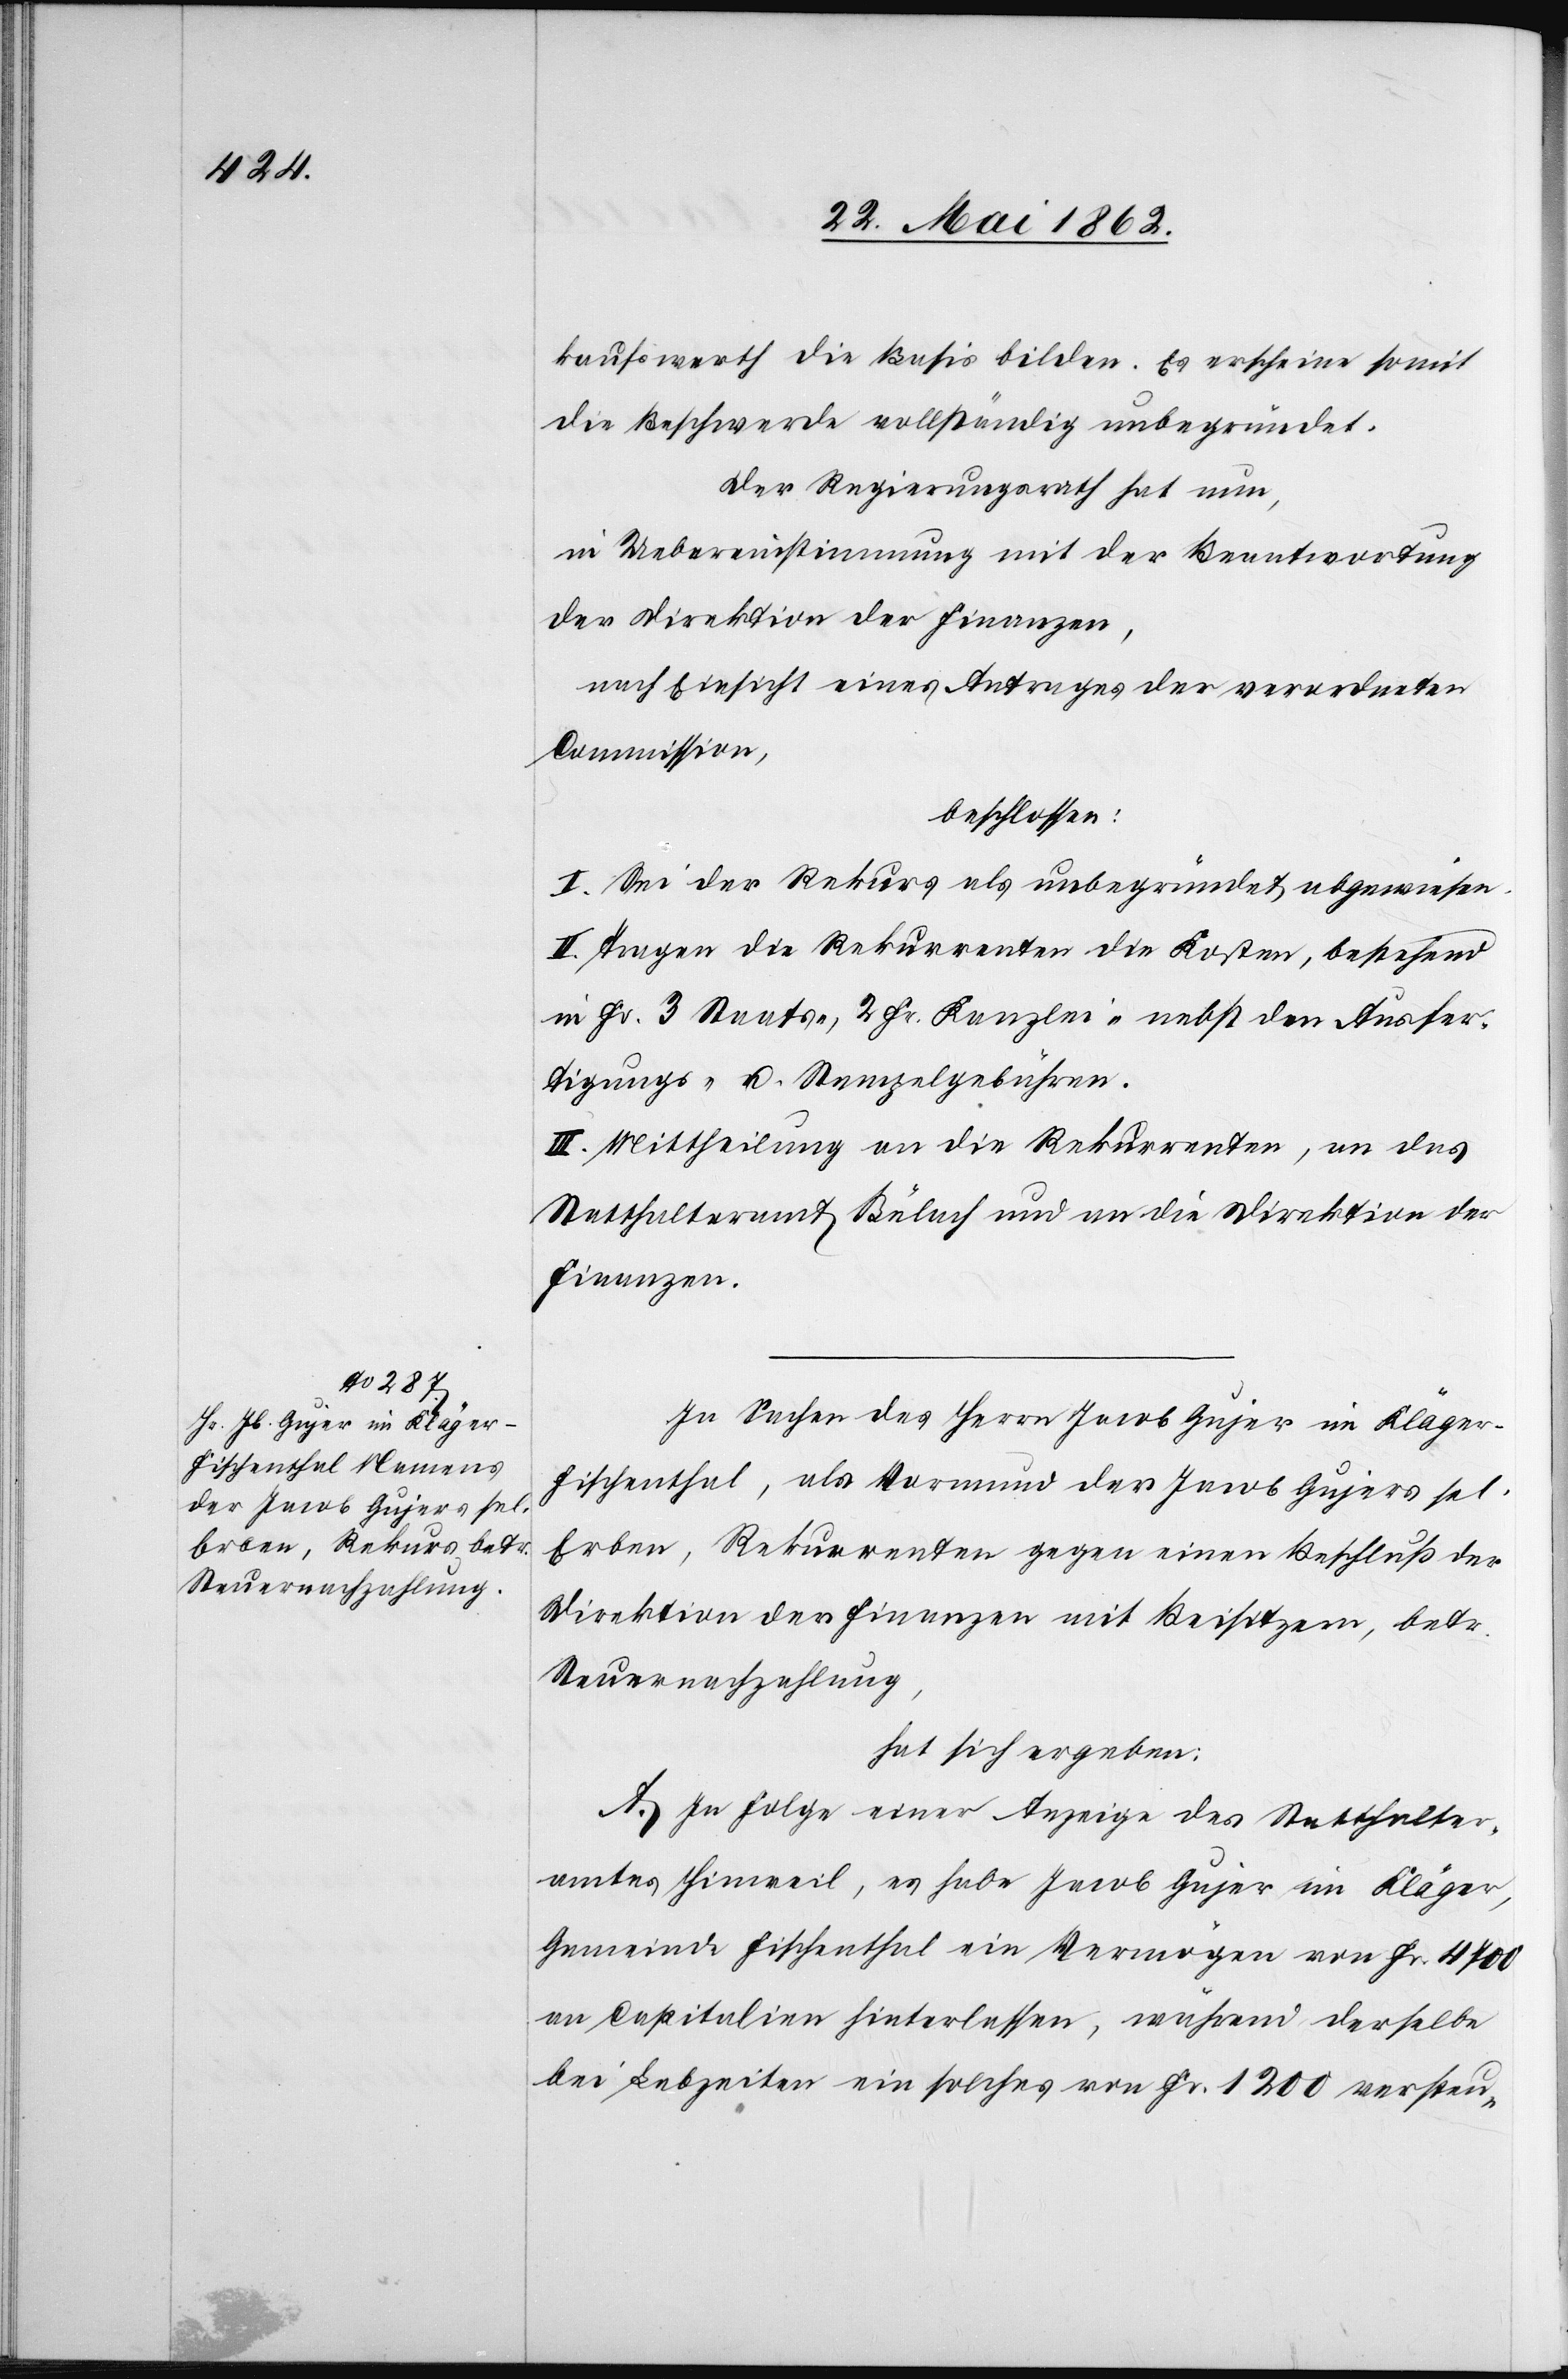
kaufswerth die Basis bilden. Es erscheine somit
die Beschwerde vollständig unbegründet.
Der Regierungsrath hat nun,
in Uebereinstimmung mit der Beantwortung
der Direktion der Finanzen,
nach Einsicht eines Antrages der verordneten
Commission,
beschlossen:
I. Sei der Rekurs als unbegründet abgewiesen.
II. Tragen die Rekurrenten die Kosten, bestehend
in Fr. 3 Staats-, 2 Fr. Kanzlei- nebst den Ausfer¬
tigungs- u. Stempelgebühren.
III. Mittheilung an die Rekurrenten, an das
Statthalteramt Bülach und an die Direktion der
Finanzen.
In Sachen des Herrn Jacob Gujer im Kläger-F¬
ischenthal, als Vormund des Jacob Gujers sel.
Erben, Rekurrenten gegen einen Beschluß der
Direktion der Finanzen mit Beisitzern, betr.
Steuernachzahlung,
hat sich ergeben:
A. In Folge einer Anzeige des Statthalter¬
amtes Hinweil, es habe Jacob Gujer im Kläger,
Gemeinde Fischenthal, ein Vermögen von Fr. 4700
an Capitalien hinterlassen, während derselbe
bei Lebzeiten ein solches von Fr. 1200 versteu-